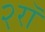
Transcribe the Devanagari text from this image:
२रॉ